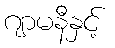
ဂျာမနီနှင့်